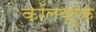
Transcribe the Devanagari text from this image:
कॉलब्रुक